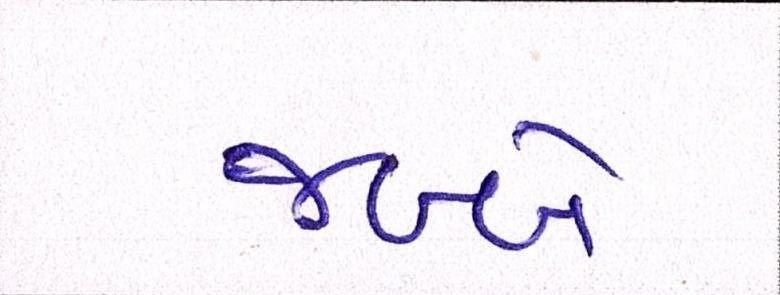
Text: જબ્બે